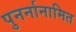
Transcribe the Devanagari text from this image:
पुनर्नानामित